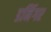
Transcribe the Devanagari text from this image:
डनिंगर